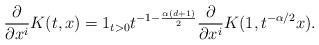
LaTeX: \begin{align*}\frac{\partial}{\partial x^i} K(t,x)=1_{t>0}t^{-1-\frac{\alpha (d+1)}{2}} \frac{\partial}{\partial x^i} K(1,t^{-\alpha/2}x).\end{align*}